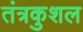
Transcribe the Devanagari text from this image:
तंत्रकुशल